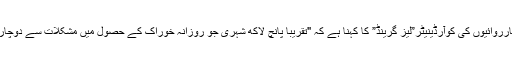
عراق میں اقوام متحدہ کے تحت انسانی ہمدردی کی کارروائیوں کی کوآرڈینیٹر”لیز گرینڈ” کا کہنا ہے کہ "تقریبا پانچ لاکھ شہری جو روزانہ خوراک کے حصول میں مشکلات سے دوچار ہیں وہ اب پینے کے پانی سے محروم ہو رہے ہیں”۔